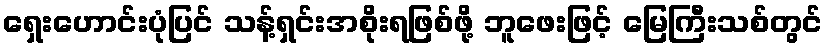
ရှေးဟောင်းပုံပြင် သန့်ရှင်းအစိုးရဖြစ်ဖို့ ဘူဖေးဖြင့် မြေကြီးသစ်တွင်